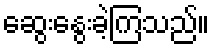
ဆွေးနွေးခဲ့ကြသည်။